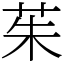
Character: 茱